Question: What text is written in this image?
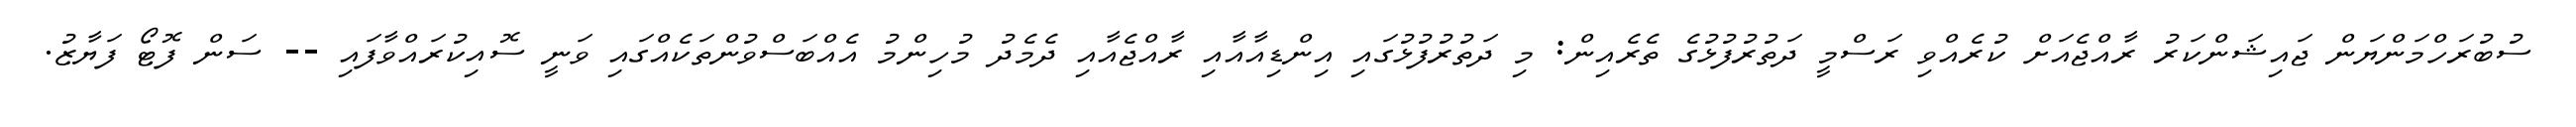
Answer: ސުބުރަހްމަންޔަން ޖައިޝަންކަރު ރާއްޖެއަށް ކުރެއްވި ރަސްމީ ދަތުރުފުޅުގެ ތެރެއިން: މި ދަތުރުފުޅުގައި އިންޑިއާއާއި ރާއްޖެއާއި ދެމެދު މުހިންމު އެއްބަސްވުންތަކެއްގައި ވަނީ ސޮއިކުރައްވާފައި -- ސަން ފޮޓޯ ފަޔާޒު.